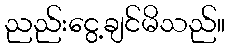
ညည်းငွေ့ချင်မိသည်။